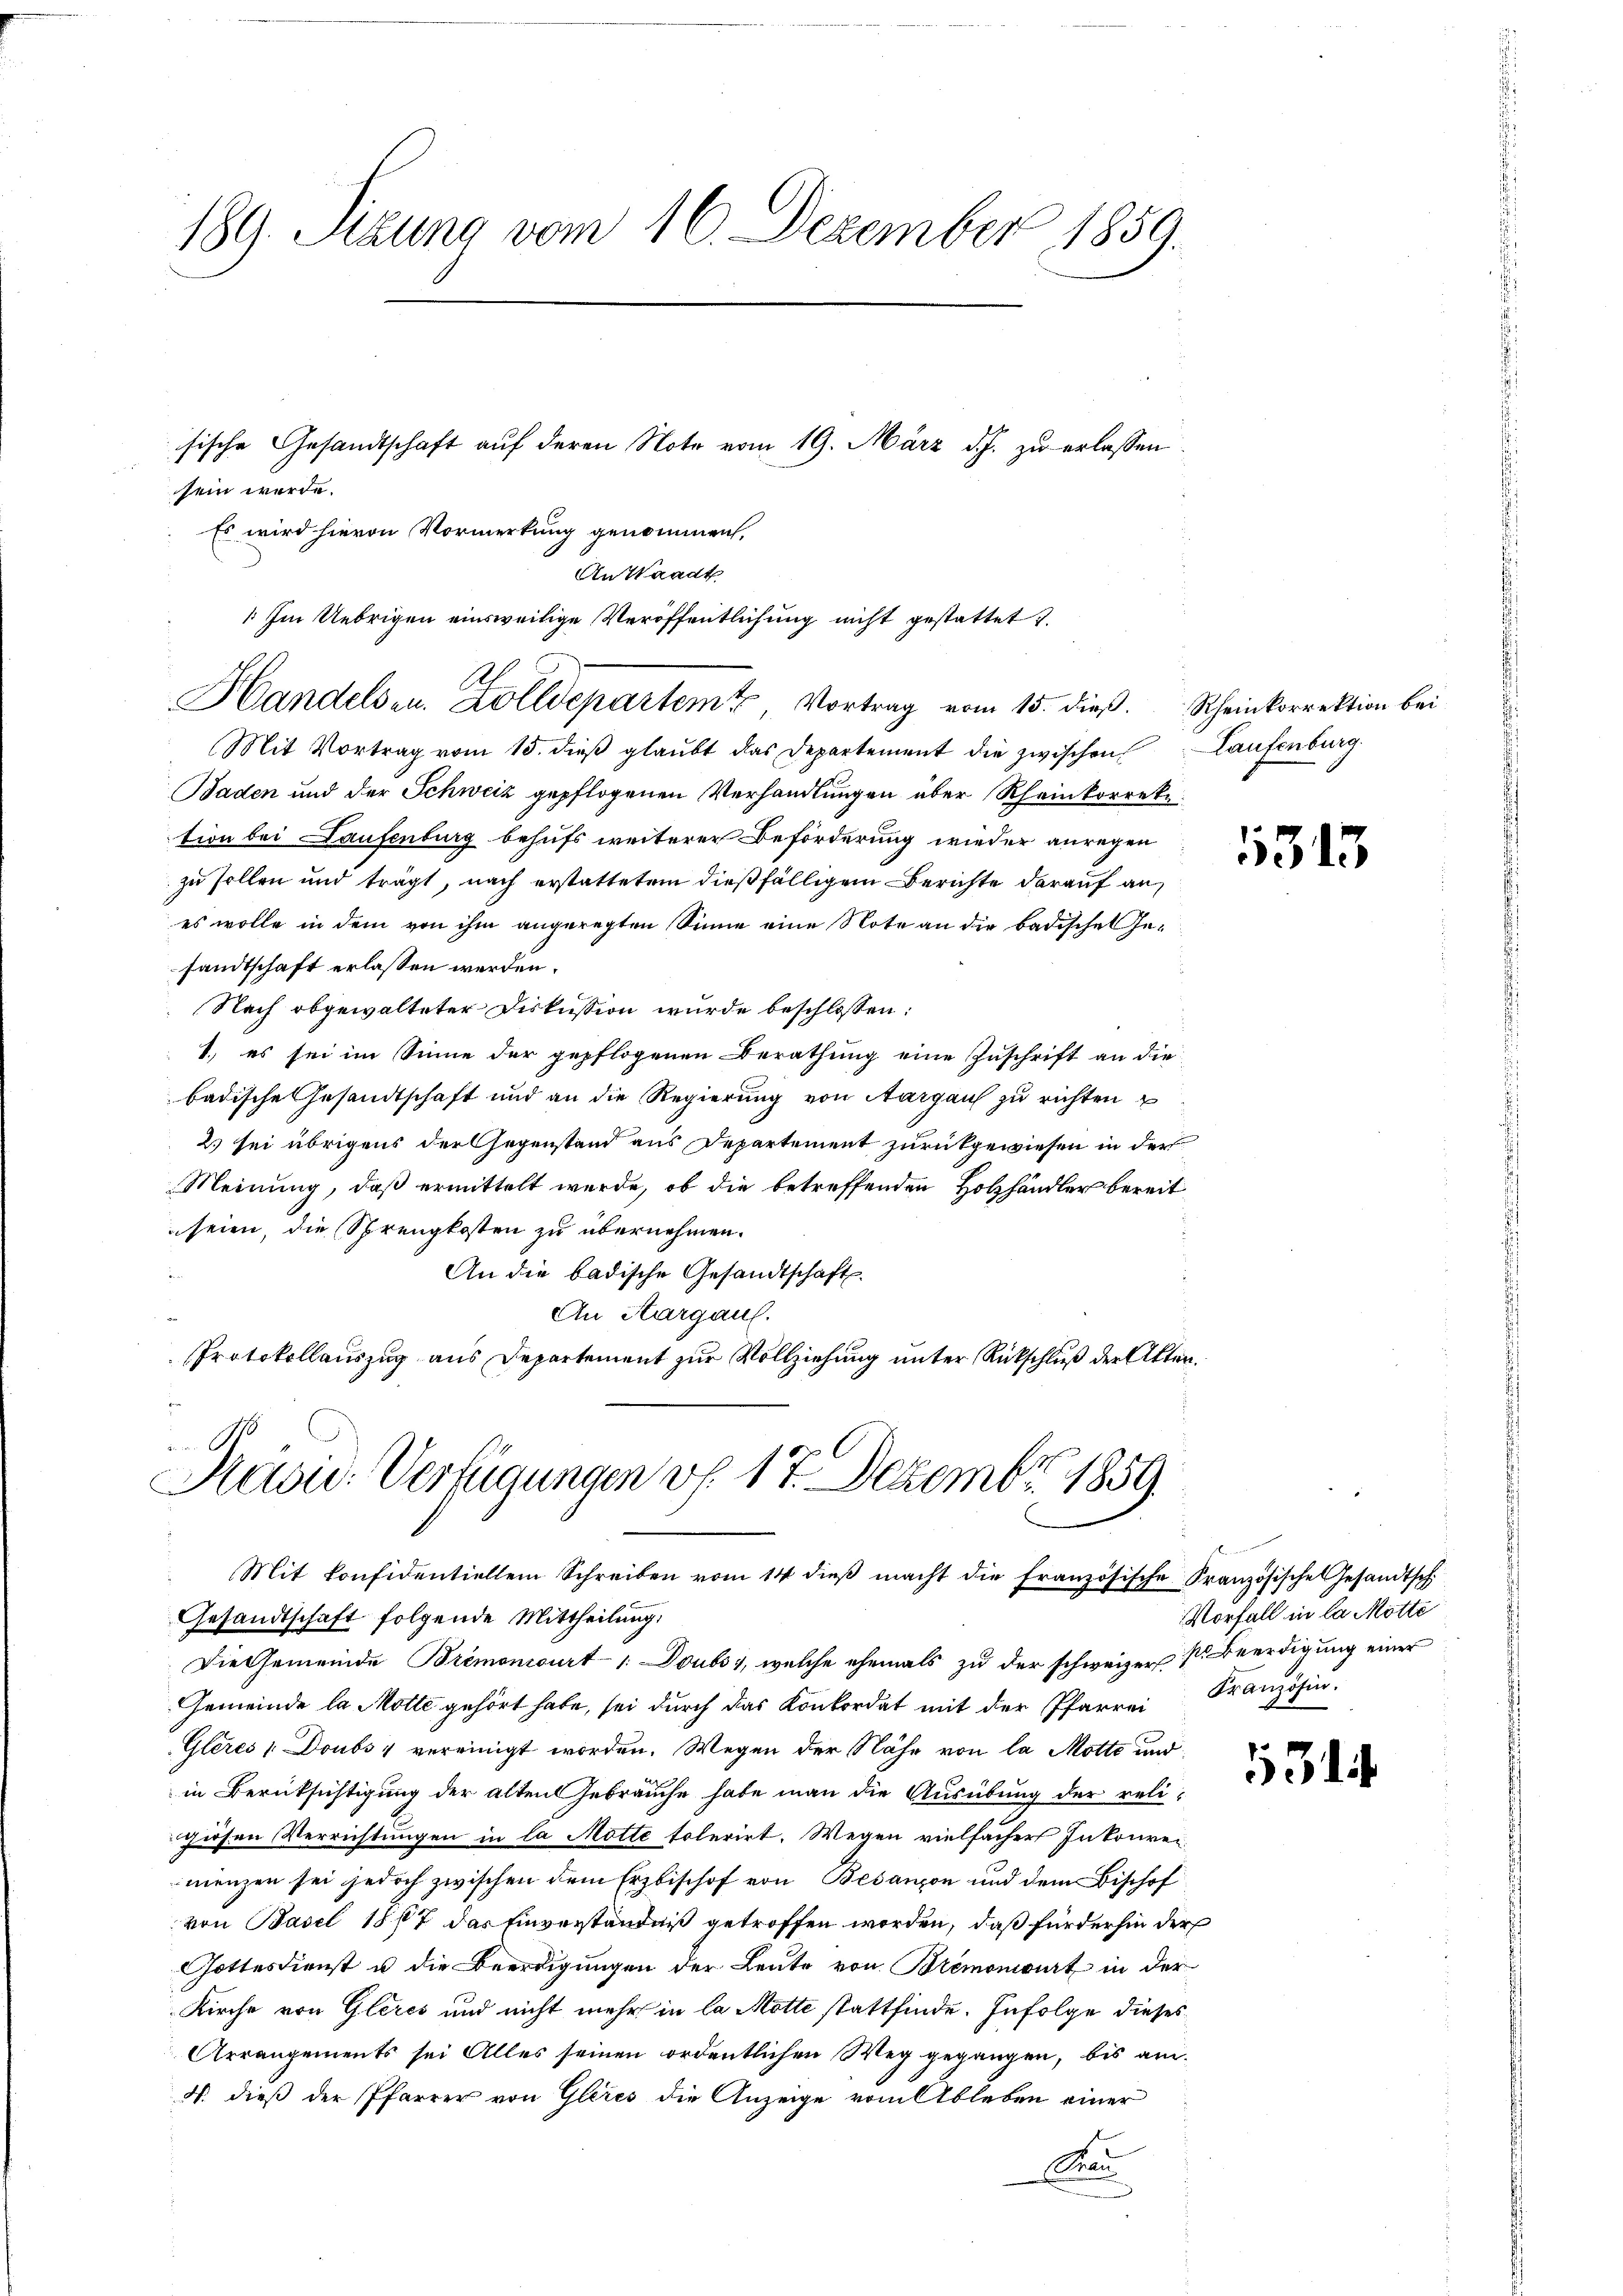
189. Setzung vom 16. Dezember 1859.

sische Gesandtschaft auf deren Note vom 19. März d. J. zu erlassen
sein werde.
Mit Vortrag vom 15. dieβ glaŭbt das Departement die zwischen Laufenburg
Baden und der Schweiz gepflogenen Verhandlungen über Rheinkorreke
tion bei Laufenburg behufs weiterer Beförderung wieder anregen
zu sollen und trägt, nach erstattetem dießfälligem Berichte darauf an
es wolle in dem von ihm angeregten Sinne eine Note an die badische Gesandtschaft erlassen werden.
Nach obgewalteter Diskussion wurde beschlossen:
1.) es sei im Sinne der gepflogenen Berathung eine Zuschrift an die
badische Gesandtschaft und an die Regierŭng von Aargau zŭ richten u
2) sei übrigens der Gegenstand aus Departement zurückgewiesen in der
Meinung, daß ermittelt werde, ob die betreffenden Holzhändler bereit
seien, die Sprengkosten zu übernehmen.
An die badische Gesandtschaft
An Aargaul.
Protokollauszug aus Departement zur Vollziehung unter Rückschluß der Akten.
No

Es wird hievon Vormerkung genommen,
An Waadt
1 Im Uebrigen einsweilige Veröffentlichung nicht gestattet.
Handelsen. Zolldepartem Vortrag vom 15. dieß. Scheinkorrektion bei

Kasu: Verfügungen v. 17. Dezember 1859.

Mit konfidentiellem Schreiben vom 14 dieβ macht die Französische Französische Gesandtsch
Gesandtschaft folgende Mittheilung
Die Gemeinde Bremoniourt /: Doubs, welche ehemals zu der schweizer s. Beerdigung einer
Gemeinde la Motte gehört habe, sei durch das Konkordat mit der Pfarrei Französin-
Glères Doubs v vereinigt worden. Wegen der Nähe von la Motte und
in Berüksichtigung der alten Gebrauche habe man die Ausübung der religiösen Verrichtungen in la Motte tolerirt. Wegen vielfächert Inkonven
nenzen sei jedoch zwischen dem Erzbischof von Besanzen und dem Bischof
von Basel 1567 das Einverständniß getroffen worden, daß für der hin der
Gottesdienst u die Beerdigungen der Leute von Bremonirt in der
Kirche von Gleres und nicht mehr in la Motte stattfinde. Infolge dieses
Arrangements sei Alles seinen ordentlichen Weg gegangen, bis an¬
4. dieß der Pfarrer von Gleies die Anzeige vom Ableben einer
a

5313

Vorfall in la Motte

3